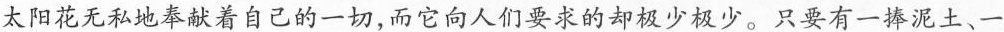
太阳花无私地奉献着自己的一切，而它向人们要求的却极少极少。只要有一捧泥土、一